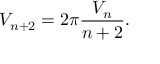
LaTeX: V _ { n + 2 } = 2 \pi { \frac { V _ { n } } { n + 2 } } .